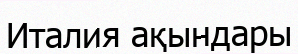
Италия ақындары